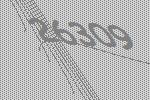
26309